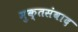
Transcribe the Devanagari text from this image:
मुक्तसंवाद